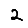
Digit: 2